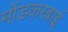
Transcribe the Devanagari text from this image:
मोंडकरबाई